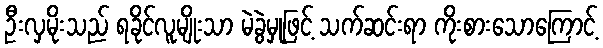
ဦးလှမိုးသည် ရခိုင်လူမျိုးသာ မဲခွဲမှုဖြင့် သက်ဆင်းရာ ကိုးစားသောကြောင့်